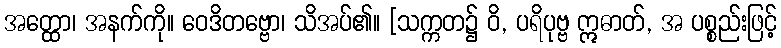
အတ္ထော၊ အနက်ကို။ ဝေဒိတဗ္ဗော၊ သိအပ်၏။ [သက္ကတ၌ ဝိ, ပရိပုဗ္ဗ ဣဓာတ်, အ ပစ္စည်းဖြင့်